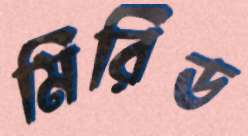
মিরিড